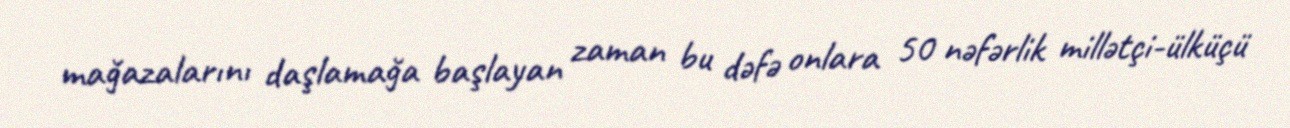
mağazalarını daşlamağa başlayan zaman bu dəfə onlara 50 nəfərlik millətçi-ülküçü